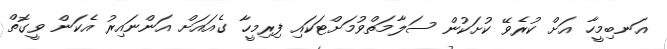
އަނބިމީހާ އަށް ކުރެވޭ ކުށަކުން ސަލާމަތްވުމަށްޓަކައި ފިރިމީހާ ގެއައަށް އަންނައިރު އެކަން ވީގޮތް